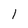
Character: 1